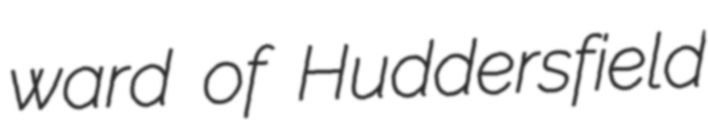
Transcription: ward of Huddersfield